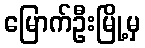
မြောက်ဦးမြို့မှ